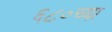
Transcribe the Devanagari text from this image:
६८०च्या